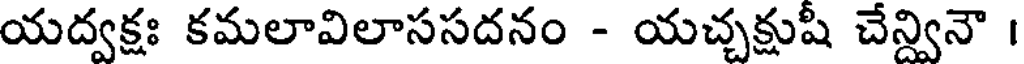
యద్వక్షః కమలావిలాససదనం - యచ్చక్షుషి చేన్వినౌ ।